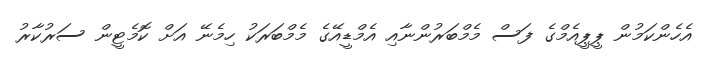
އެހެންކަމުން ޕީޕީއެމްގެ ފަސް މެމްބަރުންނާއި އެމްޑީއޭގެ މެމްބަރަކު ހިމެނޭ އަށް ކޮމެޓީން ސަރުކާރު